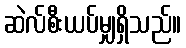
ဆဲလ်စီးယပ်မျှရှိသည်။